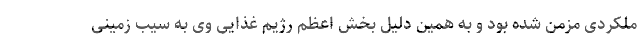
ملکردی مزمن شده بود و به همین دلیل بخش اعظم رژیم غذایی وی به سیب زمینی